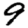
Digit: 9